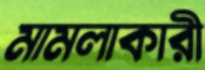
মামলাকারী